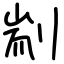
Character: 剬